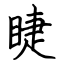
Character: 睫